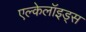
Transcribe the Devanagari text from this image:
एल्केलॉइड्स